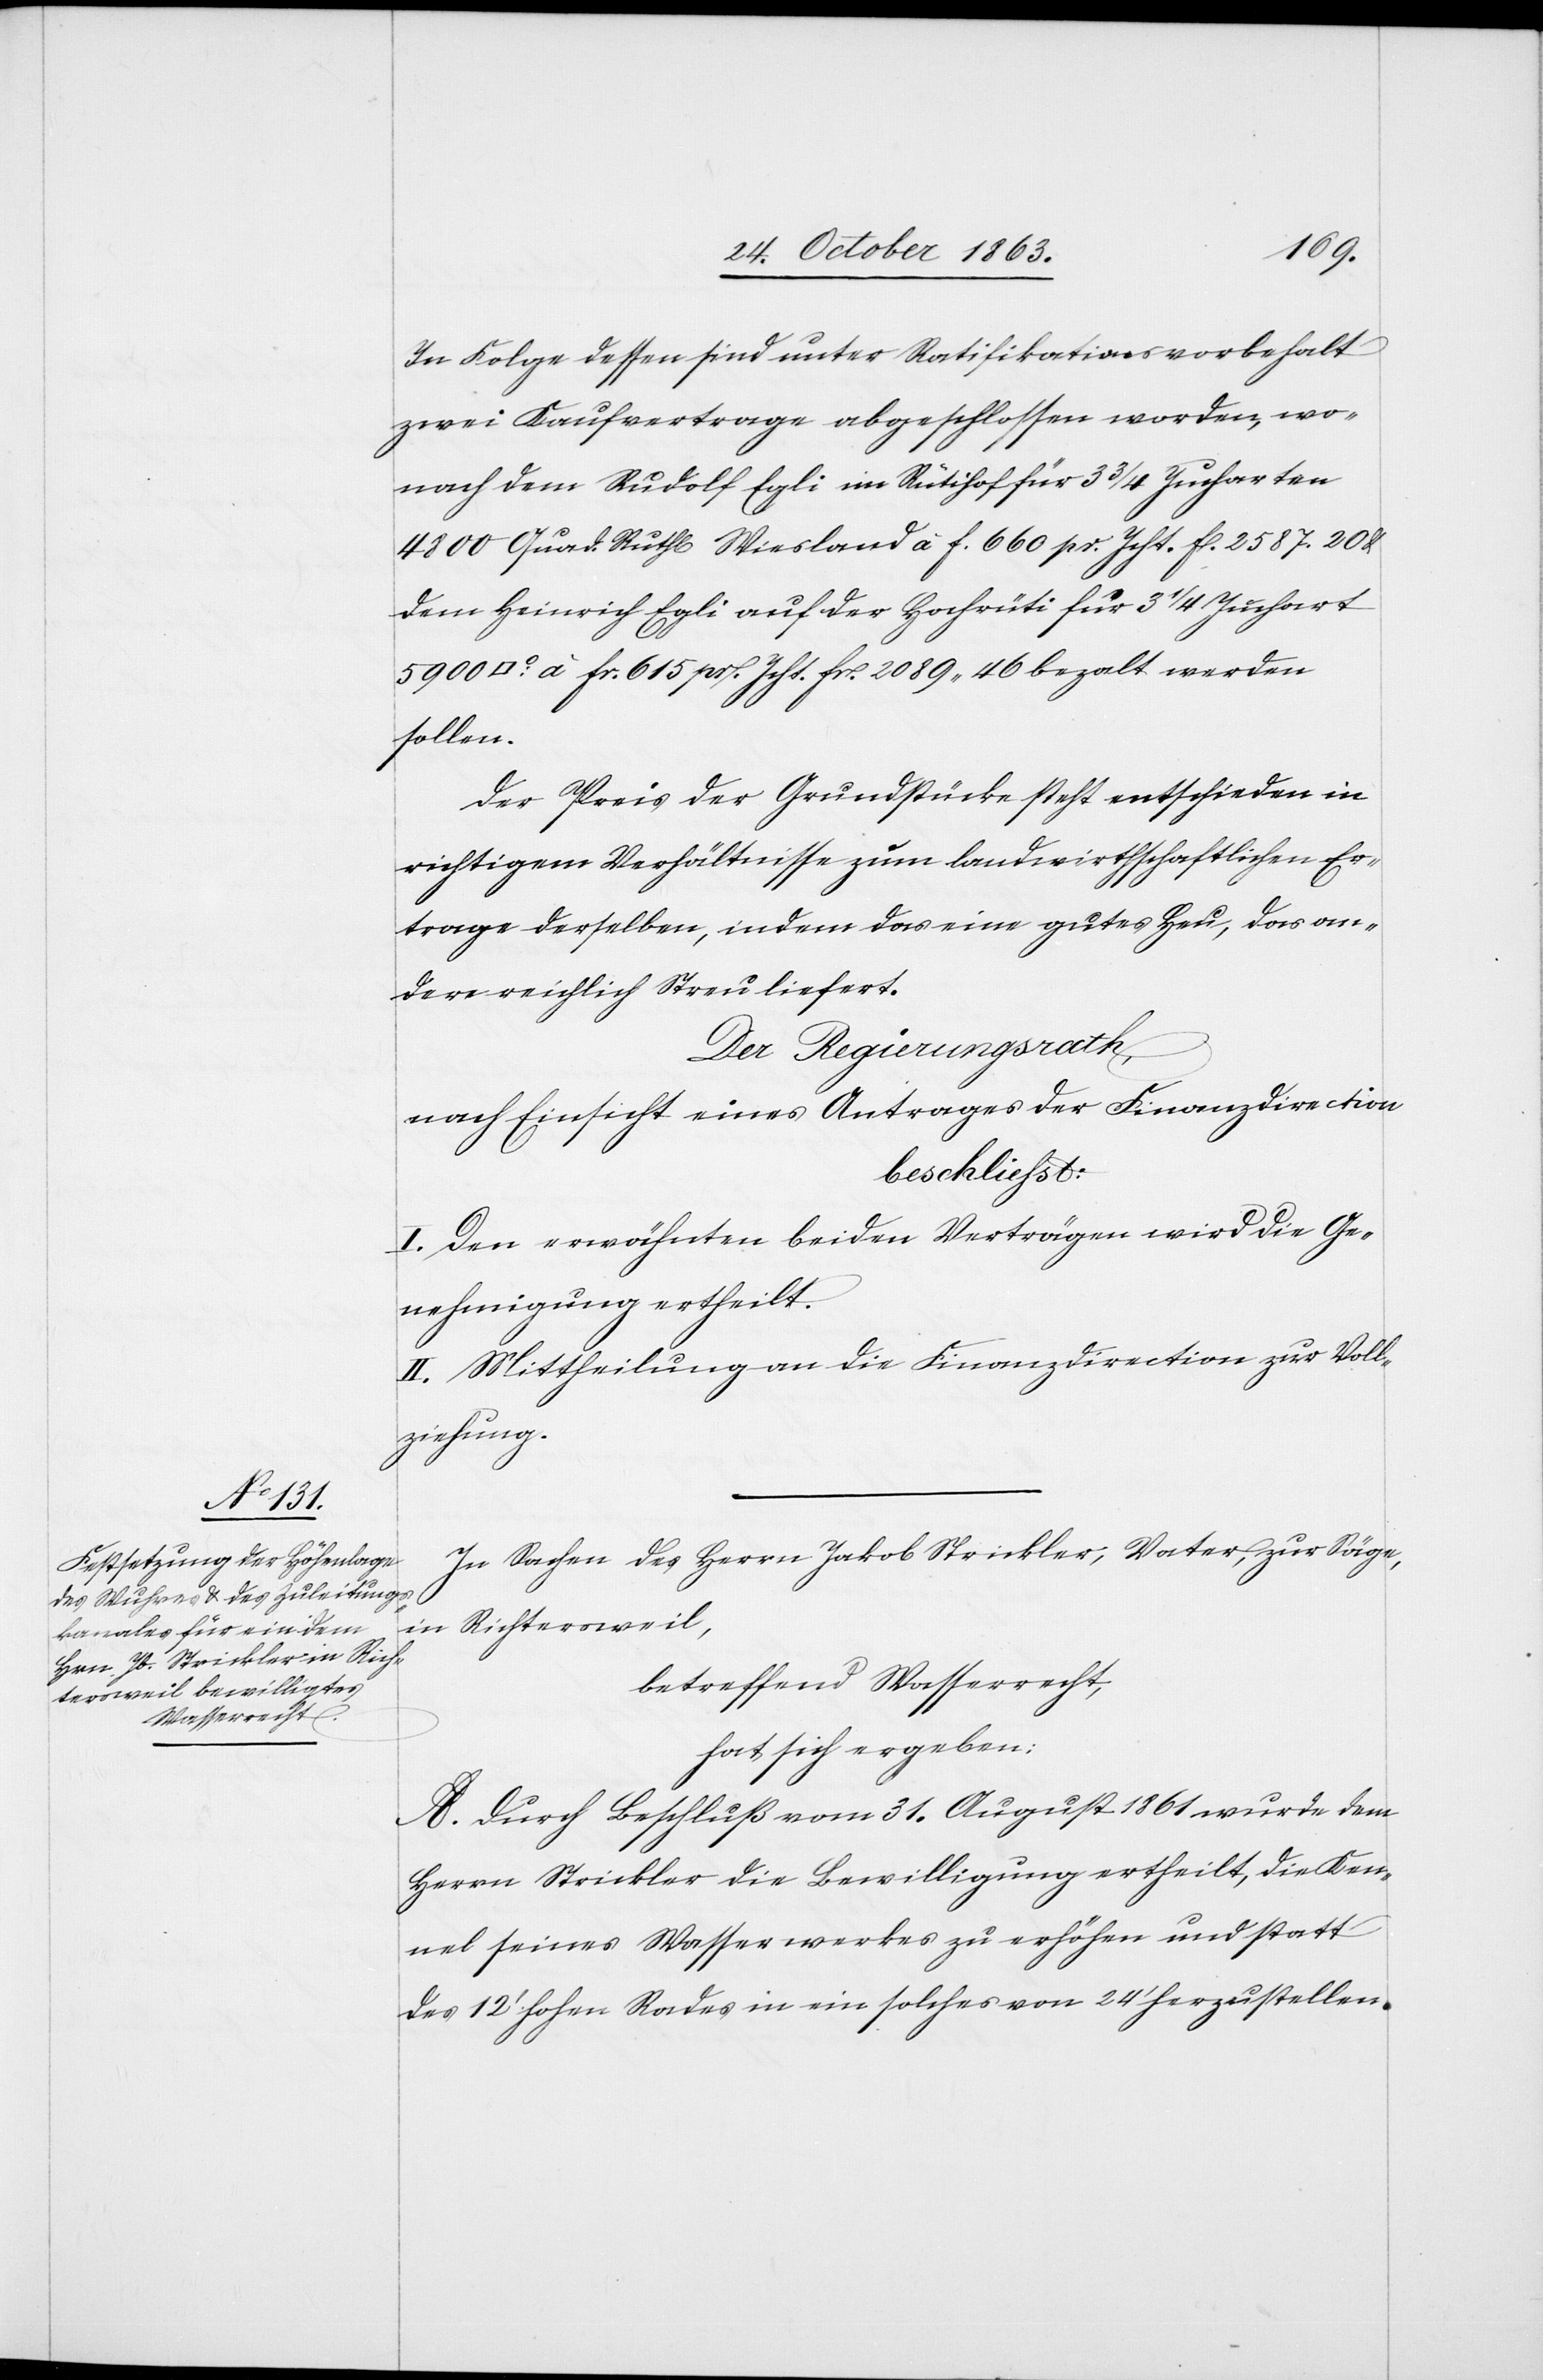
In Folge dessen sind unter Ratifikationsvorbehalt
zwei Kaufvertrage [sic!] abgeschlossen worden, wo¬
nach dem Rudolf Egli im Rütihof für 3 3/4 Jucharten
4800 Quad. Ruth[e] Wiesland à f. 660 pr. Jcht. fl. 2587. 20 &
dem Heinrich Egli auf der Hochrüti für 3 1/4 Juchart
à fr. 615 pr. Jcht. fr. 2089. 46 bezalt werden
sollen.
Der Preis der Grundstücke steht entschieden in
richtigem Verhältnisse zum landwirthschaftlichen Er¬
trage derselben, indem das eine gutes Heu, das an¬
dere reichlich Streu liefert.
Der Regierungsrath,
nach Einsicht eines Antrages der Finanzdirection
beschliesst:
I. Den erwähnten beiden Verträgen wird die Ge¬
nehmigung ertheilt.
II. Mittheilung an die Finanzdirection zur Voll¬
ziehung.
In Sachen des Herrn Jakob Strickler, Vater, zur Säge,
in Richtersweil,
betreffend Wasserrecht,
hat sich ergeben:
A. Durch Beschluß vom 31. August 1861 wurde dem
Herrn Strickler die Bewilligung ertheilt, die Ken¬
nel seines Wasserwerkes zu erhöhen und statt
des 12' hohen Rades in ein solches von 24' herzustellen.